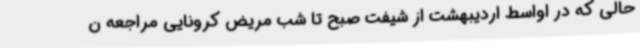
حالی که در اواسط اردیبهشت از شیفت صبح تا شب مریض کرونایی مراجعه ن